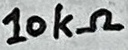
Text: 10kΩ